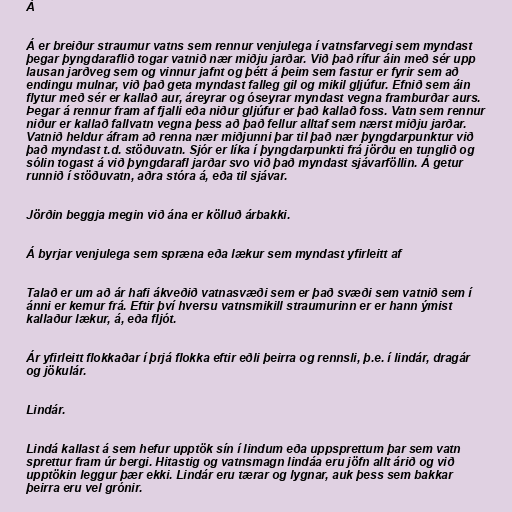
Á

Á er breiður straumur vatns sem rennur venjulega í vatnsfarvegi sem myndast
þegar þyngdaraflið togar vatnið nær miðju jarðar. Við það rífur áin með sér upp
lausan jarðveg sem og vinnur jafnt og þétt á þeim sem fastur er fyrir sem að
endingu mulnar, við það geta myndast falleg gil og mikil gljúfur. Efnið sem áin
flytur með sér er kallað aur, áreyrar og óseyrar myndast vegna framburðar aurs.
Þegar á rennur fram af fjalli eða niður gljúfur er það kallað foss. Vatn sem rennur
niður er kallað fallvatn vegna þess að það fellur alltaf sem nærst miðju jarðar.
Vatnið heldur áfram að renna nær miðjunni þar til það nær þyngdarpunktur við
það myndast t.d. stöðuvatn. Sjór er líka í þyngdarpunkti frá jörðu en tunglið og
sólin togast á við þyngdarafl jarðar svo við það myndast sjávarföllin. Á getur
runnið í stöðuvatn, aðra stóra á, eða til sjávar.

Jörðin beggja megin við ána er kölluð árbakki.

Á byrjar venjulega sem spræna eða lækur sem myndast yfirleitt af

Talað er um að ár hafi ákveðið vatnasvæði sem er það svæði sem vatnið sem í
ánni er kemur frá. Eftir því hversu vatnsmikill straumurinn er er hann ýmist
kallaður lækur, á, eða fljót.

Ár yfirleitt flokkaðar í þrjá flokka eftir eðli þeirra og rennsli, þ.e. í lindár, dragár
og jökulár.

Lindár.

Lindá kallast á sem hefur upptök sín í lindum eða uppsprettum þar sem vatn
sprettur fram úr bergi. Hitastig og vatnsmagn lindáa eru jöfn allt árið og við
upptökin leggur þær ekki. Lindár eru tærar og lygnar, auk þess sem bakkar
þeirra eru vel grónir.